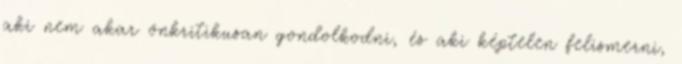
aki nem akar önkritikusan gondolkodni, és aki képtelen felismerni,